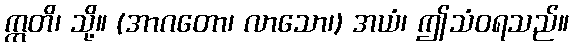
ဣတိ၊ သို့။ (အာဂတော၊ လာသော၊) အယံ၊ ဤသံဝရသည်။